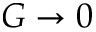
G \to 0